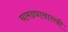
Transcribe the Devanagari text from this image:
चामड्यासारखी